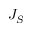
J _ { S }